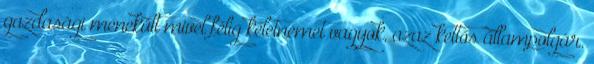
gazdasági menekült mivel félig keletnémet vagyok, azaz kettős állampolgár.